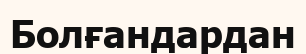
Болғандардан